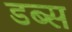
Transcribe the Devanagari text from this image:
डब्स